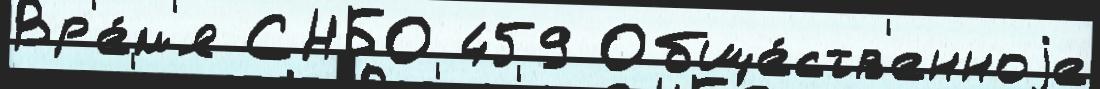
Вр'е́м'я СНБО 459 Обще́ств'енноjе